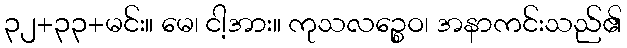
၃၂+၃၃+မင်း။ မေ၊ ငါ့အား။ ကုသလဉ္စေဝ၊ အနာကင်းသည်၏